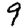
Digit: 9